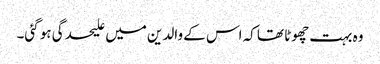
وہ بہت چھوٹا تھا کہ اس کے والدین میں علیحدگی ہو گئی۔